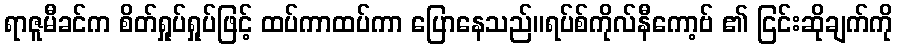
ရာဇူမီခင်က စိတ်ရှုပ်ရှုပ်ဖြင့် ထပ်ကာထပ်ကာ ပြောနေသည်။ရပ်စ်ကိုလ်နီကော့ဗ် ၏ ငြင်းဆိုချက်ကို